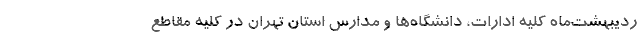
ردیبهشت‌ماه کلیه ادارات، دانشگاه‌ها و مدارس استان تهران در کلیه مقاطع